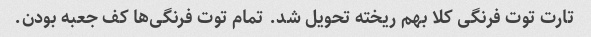
تارت توت فرنگی کلا بهم ریخته تحویل شد. تمام توت فرنگی‌ها کف جعبه بودن.